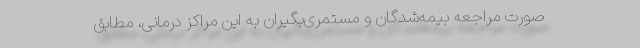
صورت مراجعه بیمه‌شدگان و مستمری‌بگیران به این مراکز درمانی، مطابق